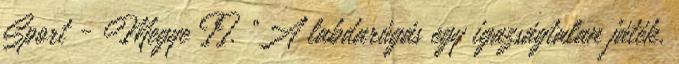
Sport - Megye II. “A labdarúgás egy igazságtalan játék,